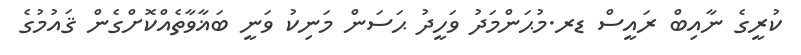
ކުރީގެ ނާއިބް ރައީސް ޑރ.މުޙަންމަދު ވަހީދު ޙަސަން މަނިކު ވަނީ ބަޣާވާތެއްކޮށްގެން ޤައުމުގެ